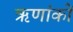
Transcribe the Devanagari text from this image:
ऋणांकों